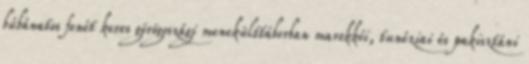
búbánatos fenét keres görögoszági menekülttáborban marokkói, tunéziai és pakisztáni